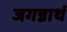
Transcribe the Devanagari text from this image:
जगन्नाथं